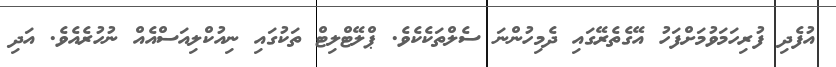
އުފެދި ފުރިހަމަވުމަށްފަހު އޭގެތެރޭގައި ދެމިހުންނަ ސެލްތަކެކެވެ. ޕްލޭޓްލިޓް ތަކުގައި ނިއުކްލިއަސްއެއް ނުހުރެއެވެ. އަދި